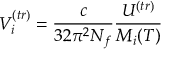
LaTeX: V _ { i } ^ { ( t r ) } = \frac { c } { 3 2 \pi ^ { 2 } N _ { f } } \frac { U ^ { ( t r ) } } { M _ { i } ( T ) }